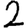
Digit: 2